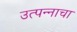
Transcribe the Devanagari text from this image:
उत्‍पन्‍नाचा